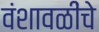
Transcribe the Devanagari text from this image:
वंशावळींचे